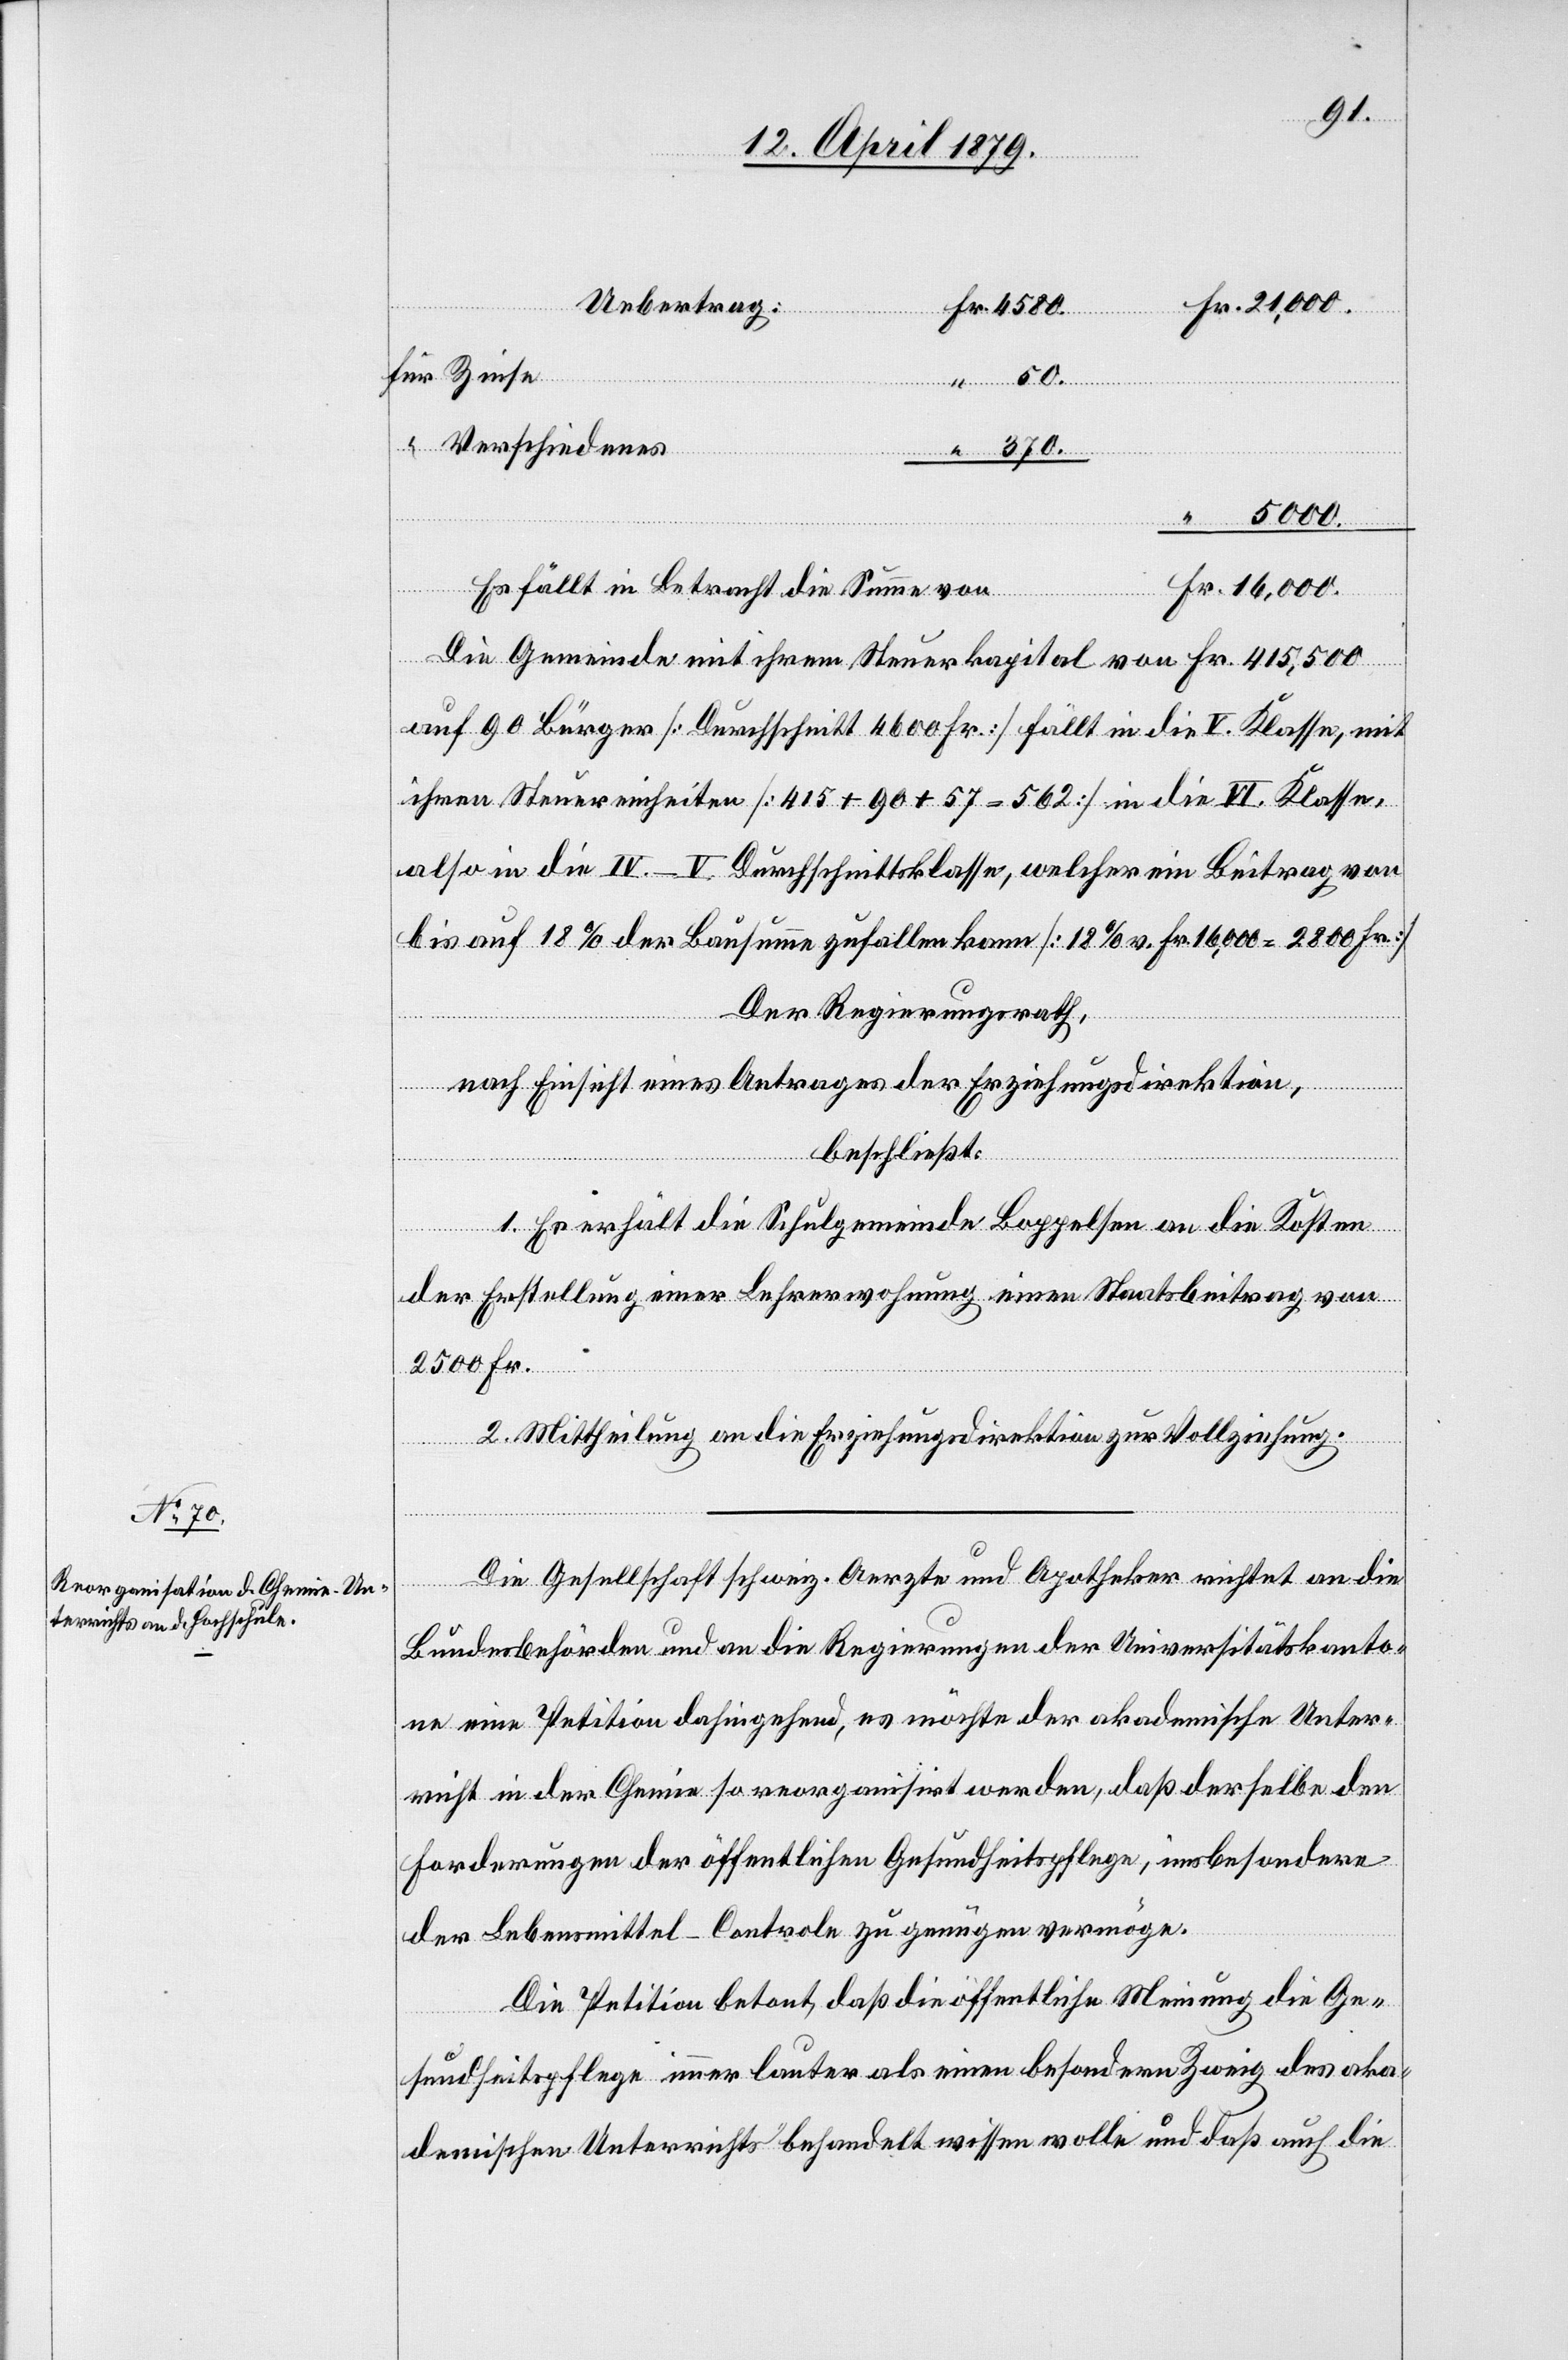
für Zinse
Fr.
“ Verschiedenes
16,000.
Es fällt in Betracht die Summe von
Die Gemeinde mit ihrem Steuerkapital von Fr. 415,500
auf 90 Bürger [Durchschnitt 4600 Fr.] fällt in die V. Klasse, mit
ihren Steuereinheiten [415 + 90 + 57 = 562] in die VI. Klasse,
also in die IV.–V. Durchschnittsklasse, welcher ein Beitrag von
bis auf 18% der Bausumme zufallen kann [18% v. Fr. 16,000 = 2800 Fr.]
Der Regierungsrath,
Ueber¬
nach Einsicht eines Antrages der Erziehungsdirektion,
trag:
beschließt:
1. Es erhält die Schulgemeinde Boppelsen an die Kosten
der Erstellung einer Lehrerwohnung einen Staatsbeitrag von
2500 Fr.
2. Mittheilung an die Erziehungsdirektion zur Vollziehung.
Die Gesellschaft schweiz. Aerzte und Apotheker richtet an die
Bundesbehörden und an die Regierungen der Universitätskanto¬
ne eine Petition dahingehend, es möchte der akademische Unter¬
richt in der Chemie so reorganisirt werden, daß derselbe den
Forderungen der öffentlichen Gesundheitspflege, insbesondere
der Lebensmittel-Controle zu genügen vermöge.
Die Petition betont, daß die öffentliche Meinung die Ge¬
sundheitspflege immer lauter als einen besondern Zweig des aka¬
demischen Unterrichts behandelt wissen wolle und daß auch die